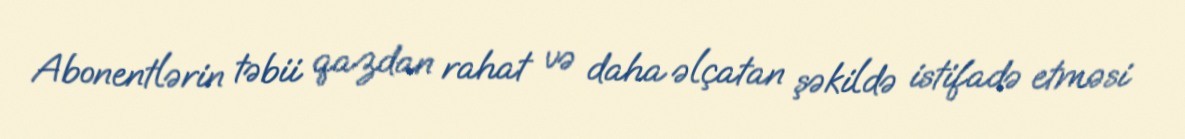
Abonentlərin təbii qazdan rahat və daha əlçatan şəkildə istifadə etməsi